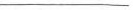
___